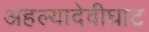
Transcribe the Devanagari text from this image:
अहल्यादेवीघाट